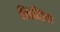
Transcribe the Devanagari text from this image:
ब्रिमिज